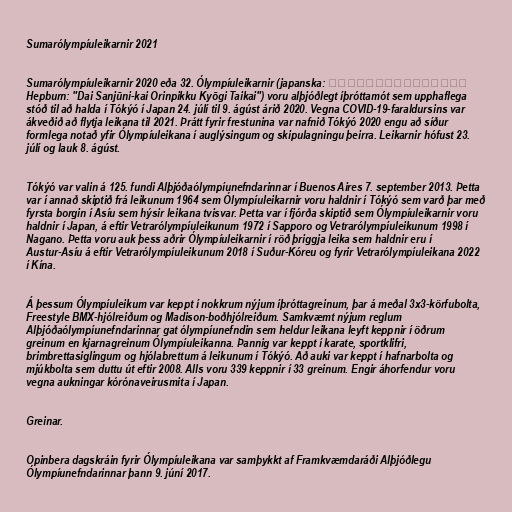
Sumarólympíuleikarnir 2021

Sumarólympíuleikarnir 2020 eða 32. Ólympíuleikarnir (japanska: 第三十二回オリンピック競技大会
Hepburn: "Dai Sanjūni-kai Orinpikku Kyōgi Taikai") voru alþjóðlegt íþróttamót sem upphaflega
stóð til að halda í Tókýó í Japan 24. júlí til 9. ágúst árið 2020. Vegna COVID-19-faraldursins var
ákveðið að flytja leikana til 2021. Þrátt fyrir frestunina var nafnið Tókýó 2020 engu að síður
formlega notað yfir Ólympíuleikana í auglýsingum og skipulagningu þeirra. Leikarnir hófust 23.
júlí og lauk 8. ágúst.

Tókýó var valin á 125. fundi Alþjóðaólympíunefndarinnar í Buenos Aires 7. september 2013. Þetta
var í annað skiptið frá leikunum 1964 sem Ólympíuleikarnir voru haldnir í Tókýó sem varð þar með
fyrsta borgin í Asíu sem hýsir leikana tvisvar. Þetta var í fjórða skiptið sem Ólympíuleikarnir voru
haldnir í Japan, á eftir Vetrarólympíuleikunum 1972 í Sapporo og Vetrarólympíuleikunum 1998 í
Nagano. Þetta voru auk þess aðrir Ólympíuleikarnir í röð þriggja leika sem haldnir eru í
Austur-Asíu á eftir Vetrarólympíuleikunum 2018 í Suður-Kóreu og fyrir Vetrarólympíuleikana 2022
í Kína.

Á þessum Ólympíuleikum var keppt í nokkrum nýjum íþróttagreinum, þar á meðal 3x3-körfubolta,
Freestyle BMX-hjólreiðum og Madison-boðhjólreiðum. Samkvæmt nýjum reglum
Alþjóðaólympíunefndarinnar gat ólympíunefndin sem heldur leikana leyft keppnir í öðrum
greinum en kjarnagreinum Ólympíuleikanna. Þannig var keppt í karate, sportklifri,
brimbrettasiglingum og hjólabrettum á leikunum í Tókýó. Að auki var keppt í hafnarbolta og
mjúkbolta sem duttu út eftir 2008. Alls voru 339 keppnir í 33 greinum. Engir áhorfendur voru
vegna aukningar kórónaveirusmita í Japan.

Greinar.

Opinbera dagskráin fyrir Ólympíuleikana var samþykkt af Framkvæmdaráði Alþjóðlegu
Ólympíunefndarinnar þann 9. júní 2017.